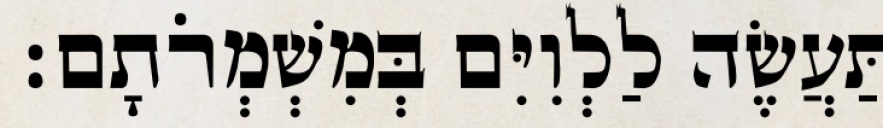
תַּעֲשֶׂה לַלְוִיִּם בְּמִשְׁמְרֹתָם׃